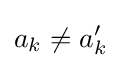
a_{k}\not =a_{k}^{\prime }